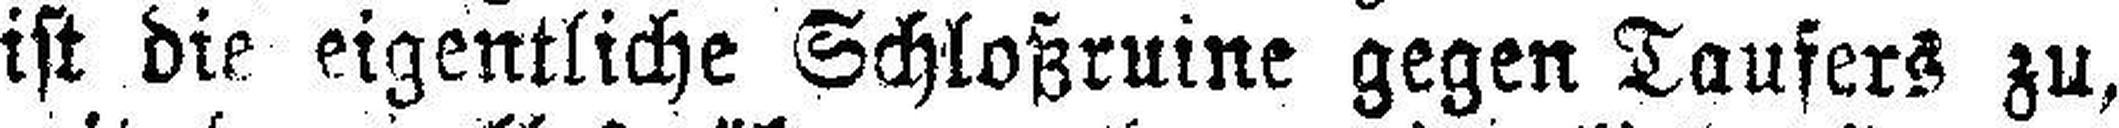
ist die eigentliche Schloßruine gegen Taufers zu,